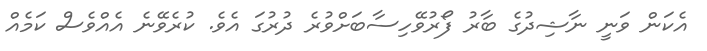
އެކަން ވަނީ ނާޝިދުގެ ބާރު ފޯރުވޭހިސާބަށްވުރެ ދުރުގަ އެވެ. ކުރެވޭނެ އެއްވެސް ކަމެއް